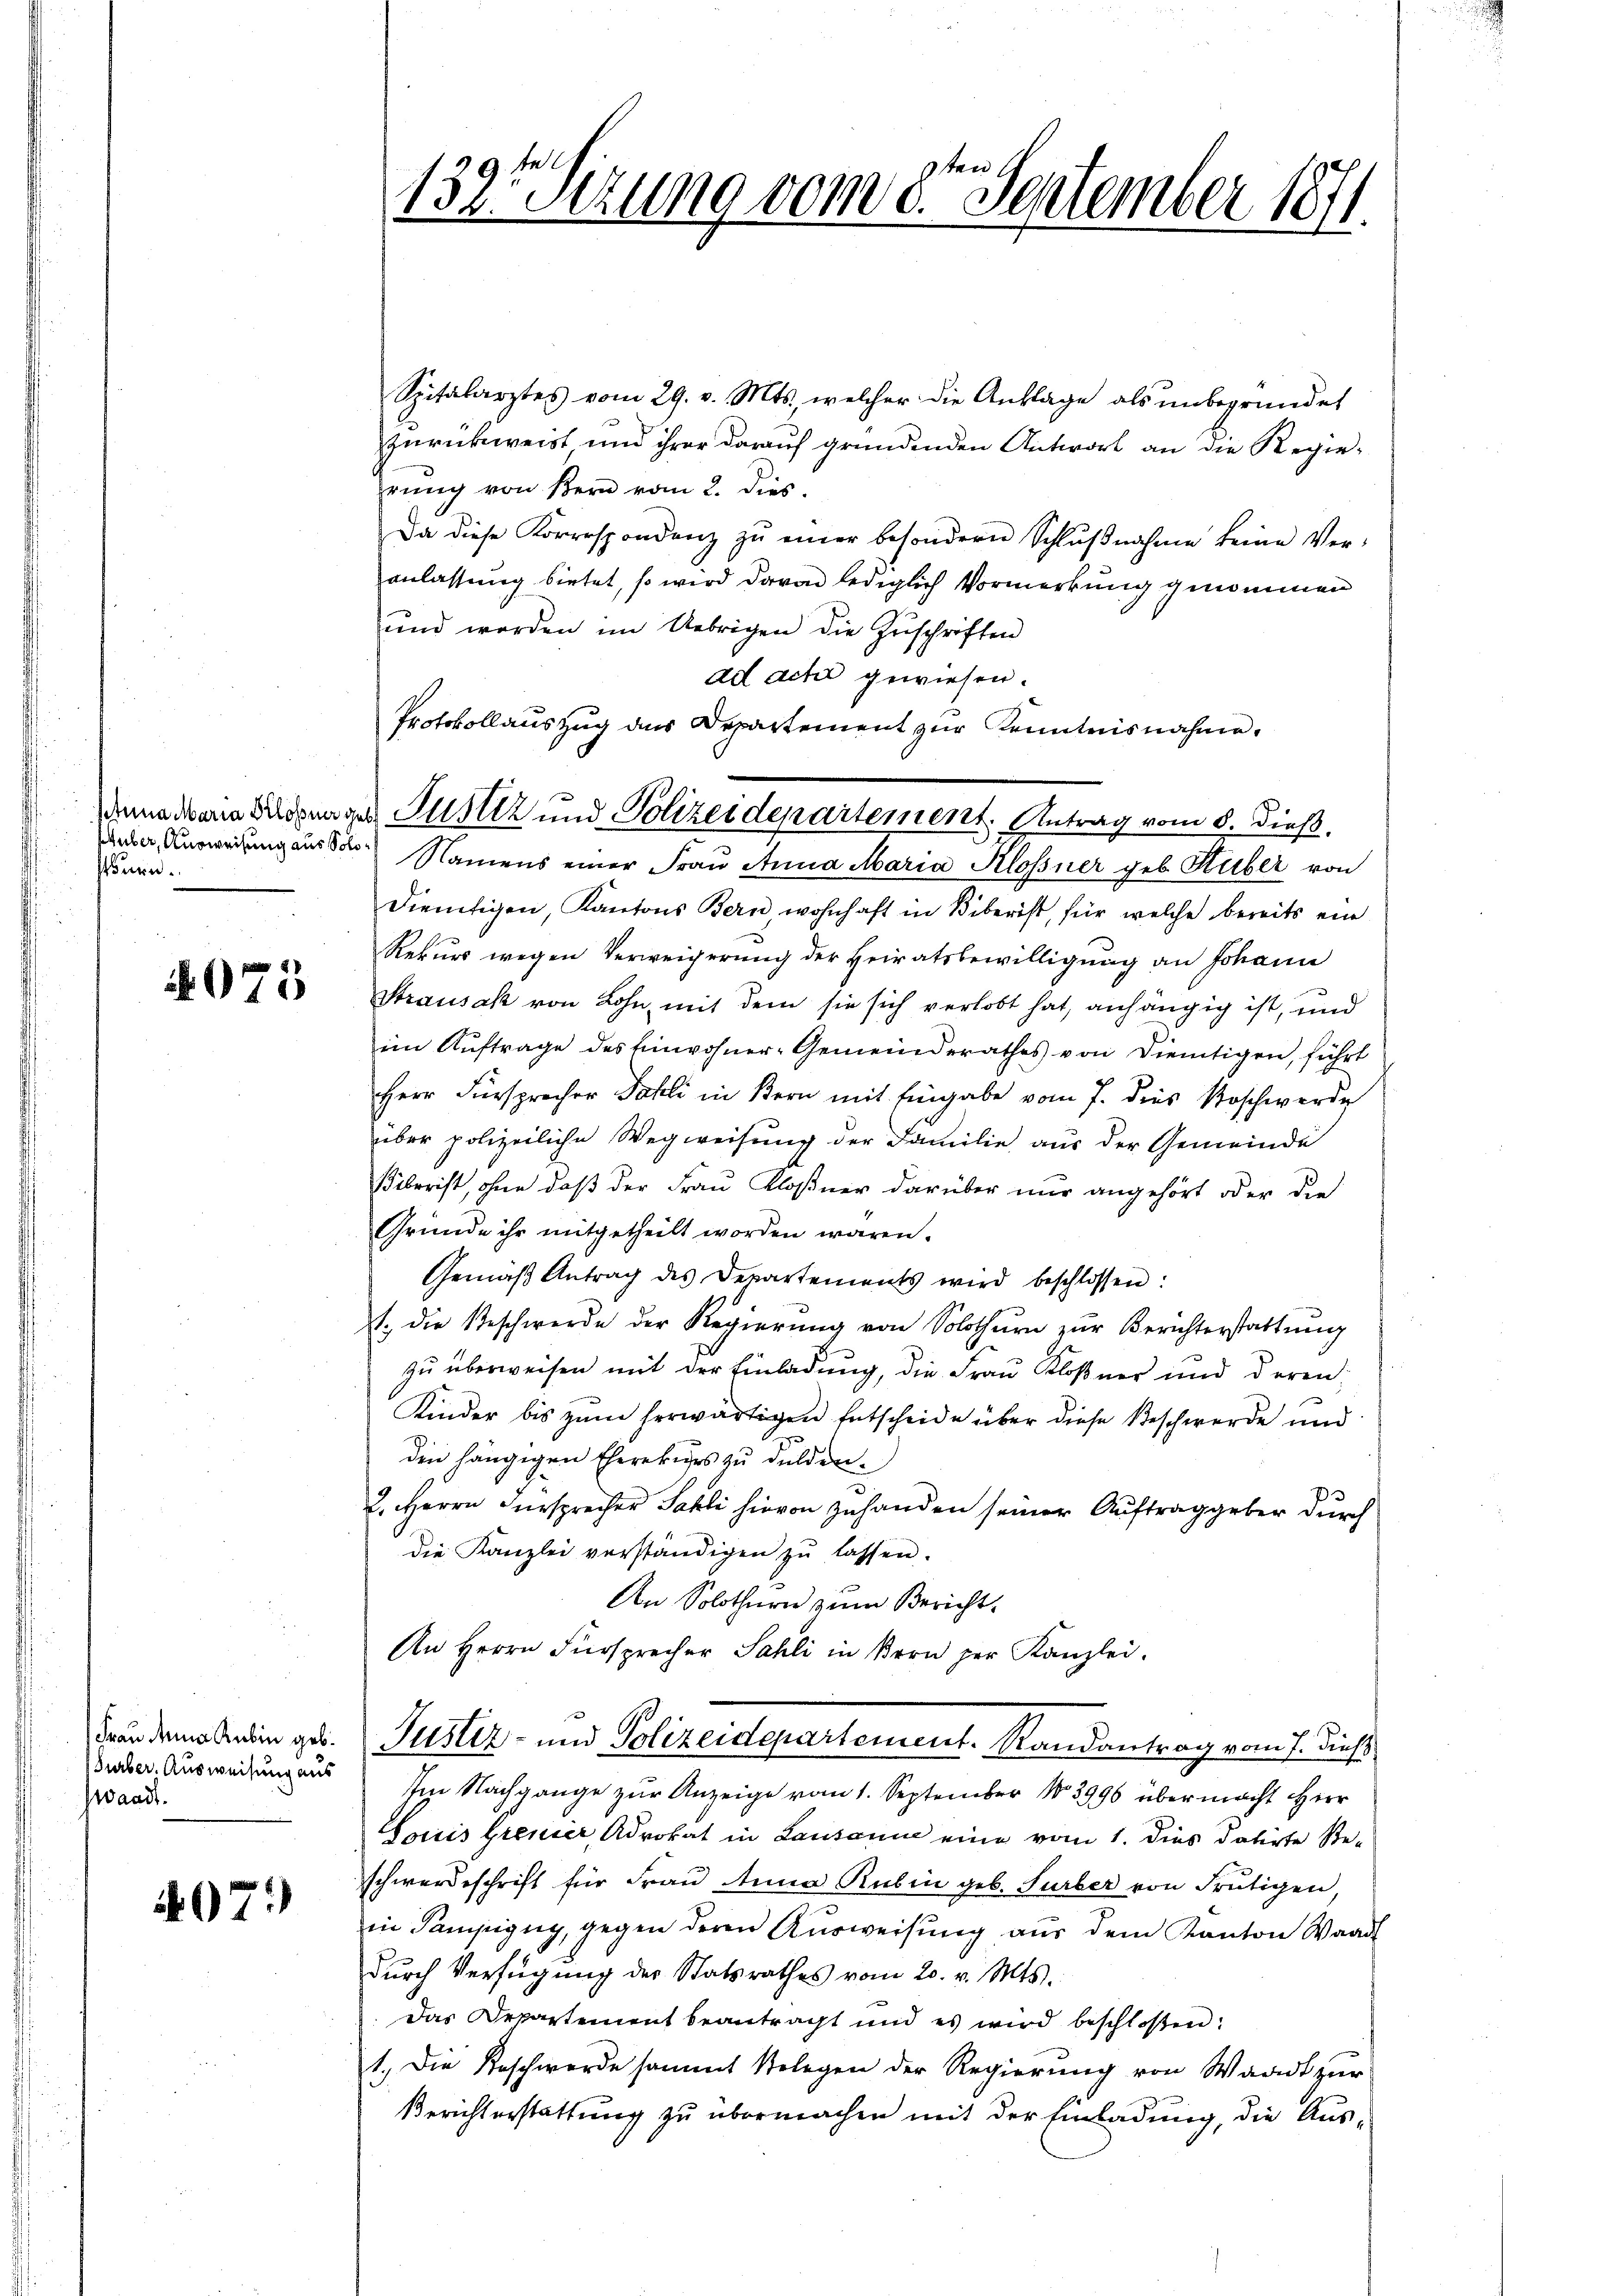
Pönen.

075

Frau Anna Rubin geb.
urber. Ausweisung aus
Waadt.

07.)

139. Sizung vom 8ten September 1811.

Spitalarztes vom 29. v. Mts., welcher die Ankläge als ŭnbegründet
zurückweist und ihrer darauf gründenden Antwort an die Regiehrŭng von Kern vom 2. dies
Da diese Korrespondenz zŭ einer besondern Schlŭβnahme keine Ver-
anlassung bietet, so wird davon lediglich Vormerkung genommen
und worden im Uebrigen die Zŭschriften
ad acht gewiesen.
Protokollauszug des Departement zur Kenntnisnahme.
aber Ausweisung aus der Namens einer Frau Anna Maria Alossner geb. Huber von
dientigen, Kantons Bern, wohnhaft in Biberist, für welche bereits ein
Rekurs wegen Verweigerung der Heiratsbewilligung an Johann
Strausak von Lohn mit dem sie sich verlobt hat, anhängig ist, und
im Auftrage des Einwohner-Gemeinderathes von dientigen, führt
Herr Fürsprecher Fahli in Bern mit Eingabe vom 7. dies Roschwerde
über polizeiliche Wegweisung der Familie aus der Gemeinde
Biberist, ohne daß der Frau Kloßner darüber nur angehört oder die
Gründe ihr mitgetheilt worden wären.
Gemäβ Antrag des Departements wird beschlossen:
t. die Beschwerde der Regierŭng von Solothŭr zŭr Berichterstattŭng
zu überweisen mit der Einladung, die Frau Kloßner und deren
Kinder bis zum herwärtigen Entscheide über diese Beschwerde und
den hängigen Eherekies zu dulden.
2. Herrn Fürsprecher Sahli hievon zuhanden seiner Auftrag geber durch
die Kanzlei verständigen zŭ lassen.
An Solothurn zum Bericht
An Herrn Fürsprecher Sahli in Bern per Kanzlei.
Justiz- und Polizeidepartement. Randantrag vom 7. dieß
Im Nachgange zur Anzeige vom 1. September No 3996 über macht Herr
Louis Grenzer, Advokat in Lausanne eine vom 1. dies datirte Ste-
schwerdeschrift für Frau Anna Rubin geb. Surber von Frutigen,
in Pampigny, gegen deren Aŭsweisŭng aŭs dem Kanton Waadt
durch Verfügung der Statsrathes vom 20. v. Mts.
das Departement beantragt und es wird beschloßen:
1.) Die Beschwerde sammt Belegen der Regierung von Waadt zur
Berichterstattung zu übermachen mit der Einladung, die Aus-

dena dann Bildungen Justiz und Polizeidepartement. Antrag vom 8. dieß.